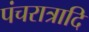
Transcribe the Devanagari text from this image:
पंचरात्रादि